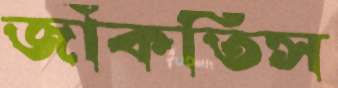
জাঁকতিস